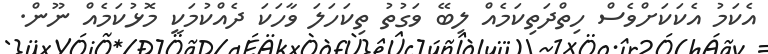
އެކަމު އެކަކަށްވެސް ހިތްދަތިކަމެއް ލިބޭ ވަގުތު ތިކަހަލަ ވާހަކަ ދެއްކުމަކީ މޮޅުކަމެއް ނޫން.